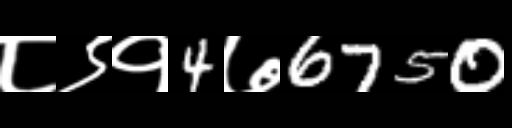
Text: ८९१4७6750